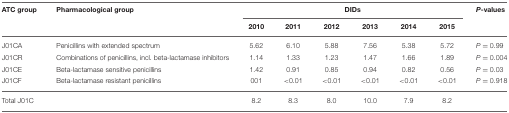
<table><thead><tr><td><b>ATC group</b></td><td><b>Pharmacological group</b></td><td colspan="6"><b>DIDs</b></td><td><b><i>P</i>-values</b></td></tr><tr><td></td><td></td><td><b>2010</b></td><td><b>2011</b></td><td><b>2012</b></td><td><b>2013</b></td><td><b>2014</b></td><td><b>2015</b></td><td></td></tr></thead><tbody><tr><td>J01CA</td><td>Penicillins with extended spectrum</td><td>5.62</td><td>6.10</td><td>5.88</td><td>7.56</td><td>5.38</td><td>5.72</td><td><i>P</i> = 0.99</td></tr><tr><td>J01CR</td><td>Combinations of penicillins, incl. beta-lactamase inhibitors</td><td>1.14</td><td>1.33</td><td>1.23</td><td>1.47</td><td>1.66</td><td>1.89</td><td><i>P</i> = 0.004</td></tr><tr><td>J01CE</td><td>Beta-lactamase sensitive penicillins</td><td>1.42</td><td>0.91</td><td>0.85</td><td>0.94</td><td>0.82</td><td>0.56</td><td><i>P</i> = 0.03</td></tr><tr><td>J01CF</td><td>Beta-lactamase resistant penicillins</td><td>001</td><td>&lt;0.01</td><td>&lt;0.01</td><td>&lt;0.01</td><td>&lt;0.01</td><td>&lt;0.01</td><td><i>P</i> = 0.918</td></tr><tr><td>Total J01C</td><td></td><td>8.2</td><td>8.3</td><td>8.0</td><td>10.0</td><td>7.9</td><td>8.2</td><td></td></tr></tbody></table>